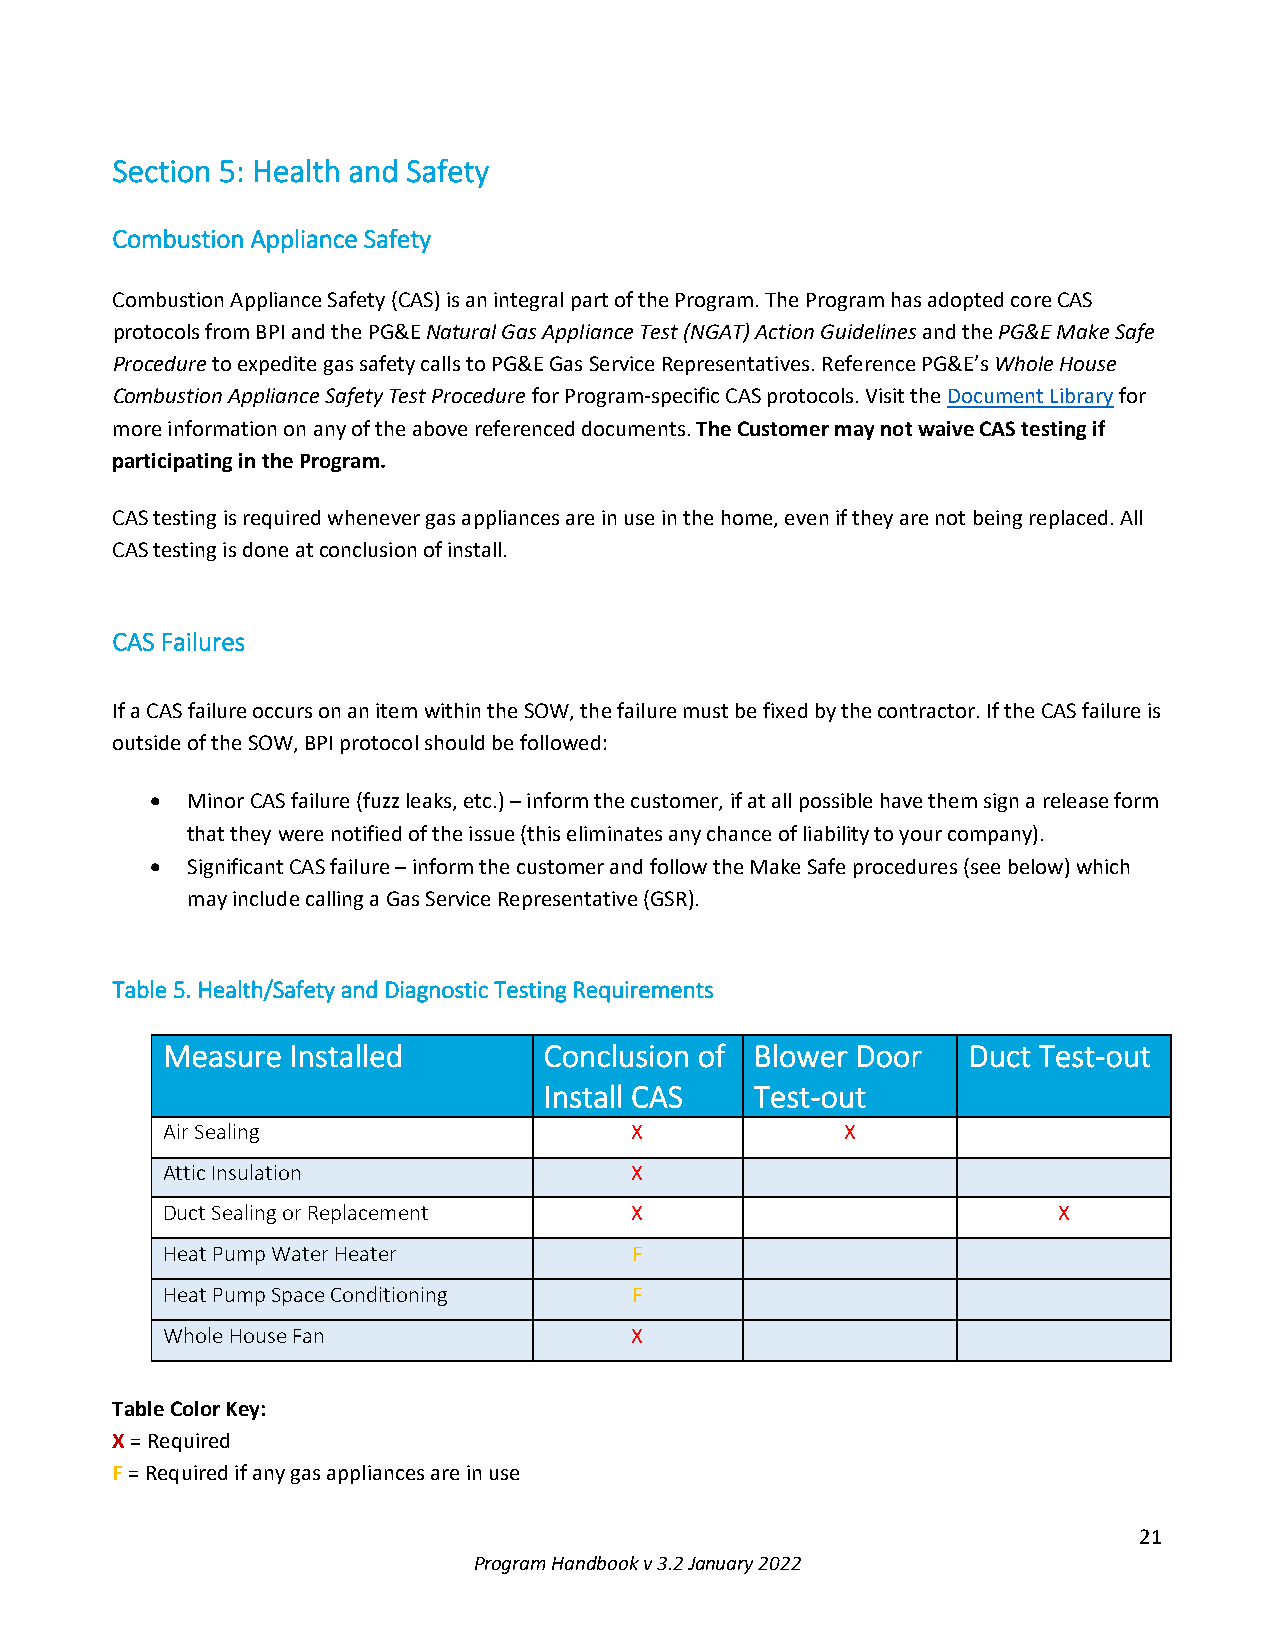
Section 5: Health and Safety
 Combustion Appliance Safety
 Combustion Appliance Safety (CAS) is an integral part of the Program. The Program has adopted core CAS
 protocols from BPI and the PG&E Natural Gas Appliance Test (NGAT) Action Guidelines and the PG&E Make Safe
 Procedure to expedite gas safety calls to PG&E Gas Service Representatives. Reference PG&E’s Whole House
 Combustion Appliance Safety Test Procedure for Program-specific CAS protocols. Visit the Document Library for
 more information on any of the above referenced documents. The Customer may not waive CAS testing if
 participating in the Program.
 CAS testing is required whenever gas appliances are in use in the home, even if they are not being replaced. All
 CAS testing is done at conclusion of install.
 CAS Failures
 If a CAS failure occurs on an item within the SOW, the failure must be fixed by the contractor. If the CAS failure is
 outside of the SOW, BPI protocol should be followed:
 • Minor CAS failure (fuzz leaks, etc.) – inform the customer, if at all possible have them sign a release form
 that they were notified of the issue (this eliminates any chance of liability to your company).
 • Significant CAS failure – inform the customer and follow the Make Safe procedures (see below) which
 may include calling a Gas Service Representative (GSR).
 Table 5. Health/Safety and Diagnostic Testing Requirements
 Measure Installed        Conclusion of Blower Door   Duct Test-out
 Install CAS   Test-out
 Air Sealing                    X             X
 Attic Insulation               X
 Duct Sealing or Replacement    X                           X
 Heat Pump Water Heater         F
 Heat Pump Space Conditioning   F
 Whole House Fan                X
 Table Color Key:
 X = Required
 F = Required if any gas appliances are in use
 21
 Program Handbook v 3.2 January 2022